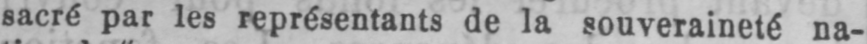
sacré par les représentants de la souveraineté na-